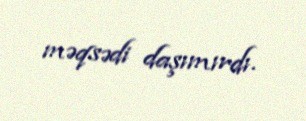
məqsədi daşımırdı.